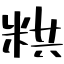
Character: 粠